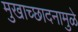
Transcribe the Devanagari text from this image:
मुखाच्छादनामुळे